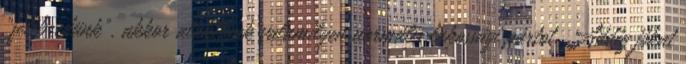
"felébredünk", akkor alakitunk valamilyen normális lakossági pártot. Addig jókat